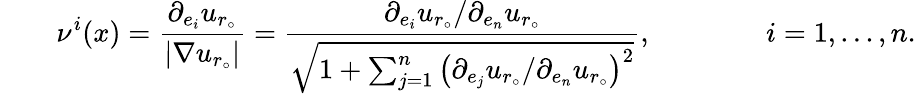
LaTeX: \qquad\nu^{i}(x)=\frac{\partial_{e_{i}}u_{r_{\circ}}}{|\nabla u_{r_{\circ}}|}=\frac{\partial_{e_{i}}u_{r_{\circ}}/\partial_{e_{n}}u_{r_{\circ}}}{\sqrt{1+\sum_{j=1}^{n}\left(\partial_{e_{j}}u_{r_{\circ}}/\partial_{e_{n}}u_{r_{\circ}}\right)^{2}}},\qquad\qquad i=1,...,n.